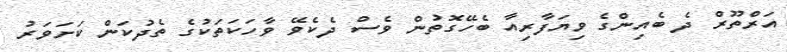
އަރްތޫރް ދެ ބެއިންގެ ވިޔަފާރިއާ ބެހޭގޮތުން ވެސް ދެކެވޭ ވާހަކަތަކުގެ ތެދުކަން ކަށަވަރު